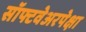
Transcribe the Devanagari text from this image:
सॉफ्टवेअरपेक्षा